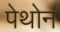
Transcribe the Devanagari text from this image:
पेथोन